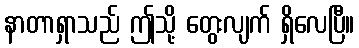
နာတာရှာသည် ဤသို့ တွေးလျက် ရှိလေပြီ။